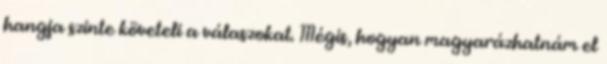
hangja szinte követeli a válaszokat. Mégis, hogyan magyarázhatnám el